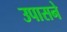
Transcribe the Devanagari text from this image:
उपासने